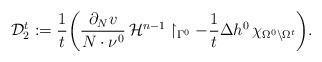
LaTeX: \begin{align*}\mathcal D^t_2 := \frac 1 t \bigg(\frac{\partial_N v}{ N\cdot \nu^0}\, \mathcal{H}^{n-1}\restriction_{\Gamma^0} - \frac 1 t \Delta h^0 \, \chi_{\Omega^0\setminus \Omega^t} \bigg).\end{align*}